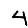
Digit: 4